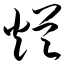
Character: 烂